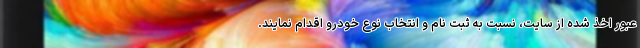
عبور اخذ شده از سایت، نسبت به ثبت نام و انتخاب نوع خودرو اقدام نمایند.